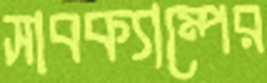
সাবক্যাম্পের